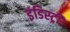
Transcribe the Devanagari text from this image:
इंडिस्ट्री